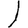
Digit: 1